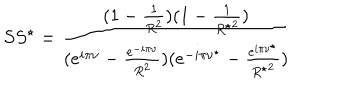
LaTeX: S S ^ { \star } = \frac { ( 1 - \frac { 1 } { R ^ { 2 } } ) ( 1 - \frac { 1 } { { R ^ { \star } } ^ { 2 } } ) } { ( e ^ { i \pi \nu } - \frac { e ^ { - i \pi \nu } } { R ^ { 2 } } ) ( e ^ { - i \pi \nu ^ { \star } } - \frac { e ^ { i \pi \nu ^ { \star } } } { { R ^ { \star } } ^ { 2 } } ) }